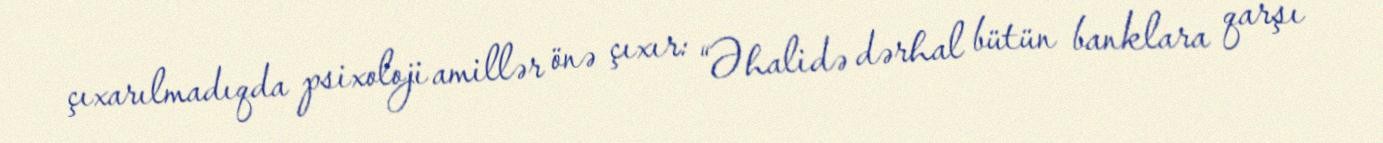
çıxarılmadıqda psixoloji amillər önə çıxır: “Əhalidə dərhal bütün banklara qarşı